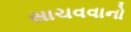
સાચવવાનો